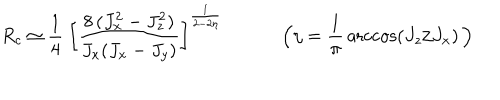
R _ { c } \simeq \frac { 1 } { 4 } \ \bigg [ \frac { 8 \, ( J _ { x } ^ { 2 } - J _ { z } ^ { 2 } ) } { J _ { x } ( J _ { x } - J _ { y } ) } \bigg ] ^ { \frac { 1 } { 2 - 2 \eta } } \, \quad \qquad \Big ( \eta = \frac { 1 } { \pi } \, \operatorname { a r c c o s } ( J _ { z } / J _ { x } ) \, \Big )